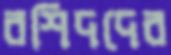
রশিদদের